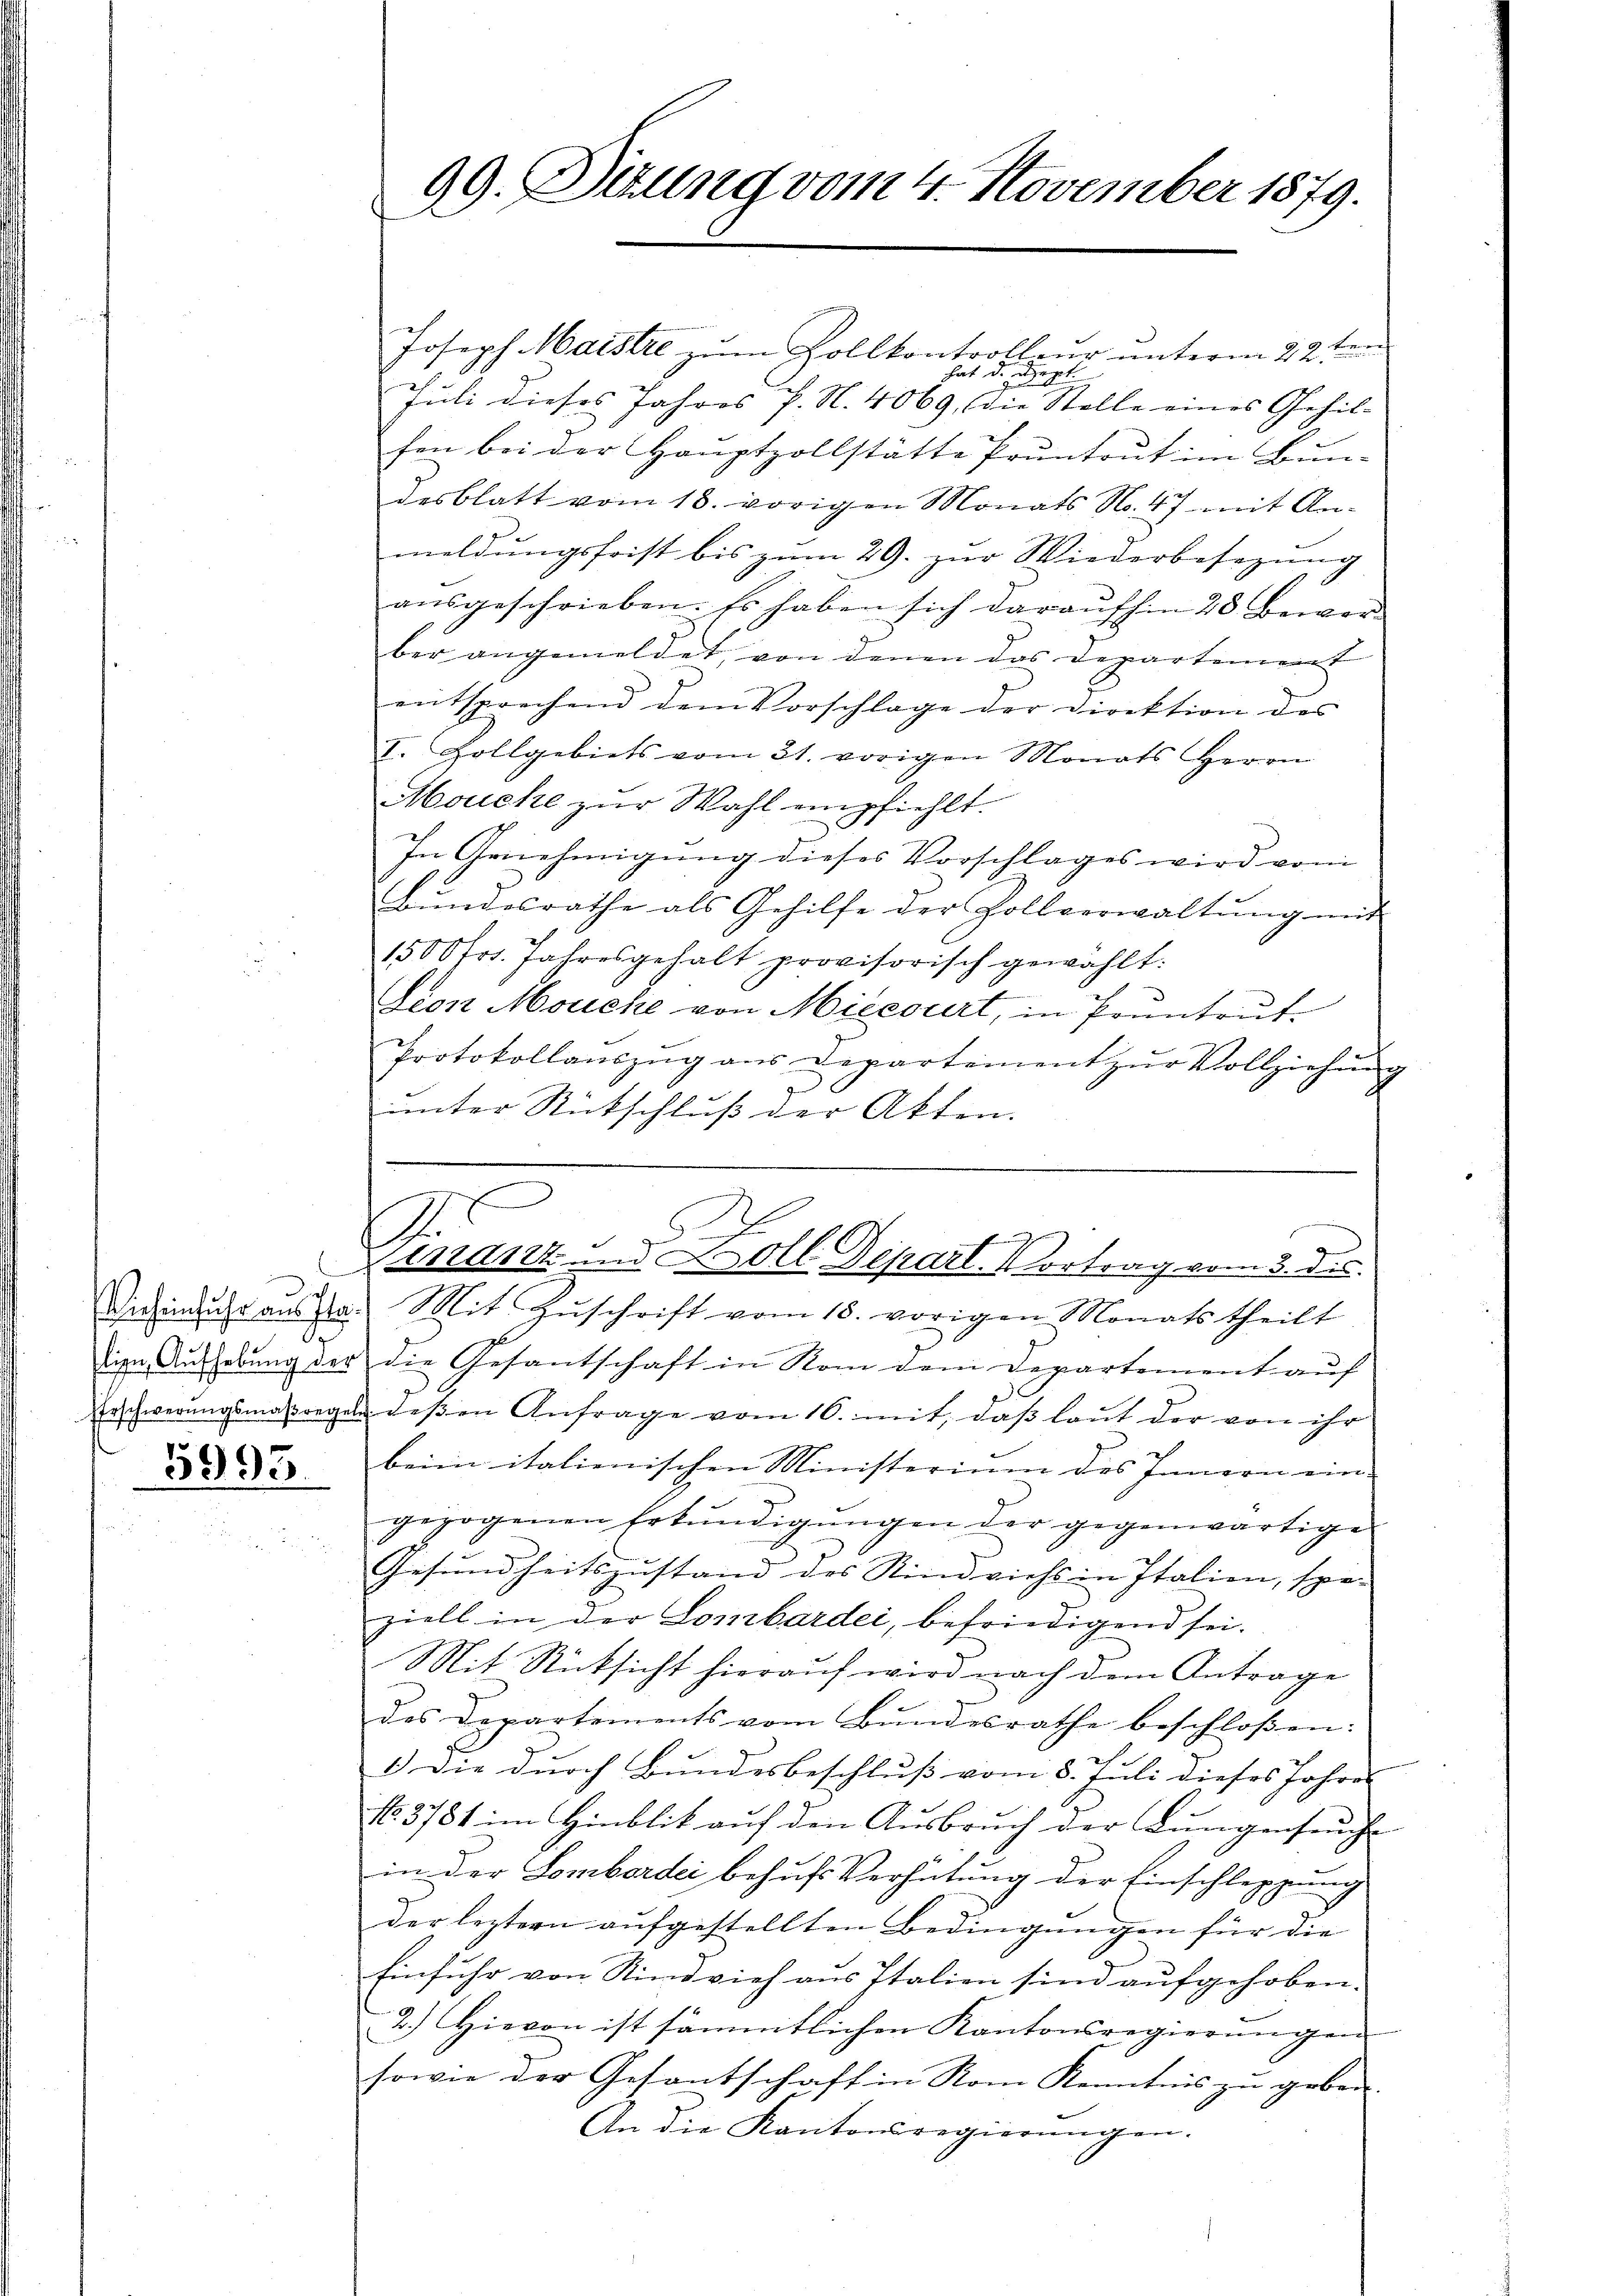
d

3993.

99. Sitzung vom 4. November 1879.

Joseph Maistre zum Zollkontrolleur unterm 22 ten
hat
u
zeiget.
Juli dieses Jahres P. N. 4069, die Stolle eines Gehil-
fen bei der Hauptzollstätte Pruntrut im Bun-
desblatt vom 18. vorigen Monats No. 47 mit Anmeldungsfrist bis zum 29. zur Wiederbesezung
ausgeschrieben. Es haben sich daraufhin 20 Bewerber angemeldet, von denen das Departement
entsprechend dem Vorschlage der Direktion des
I. Zollgebiets vom 21. vorigen Monats Herrn
Mouche zur Wahl empfiehlt.
In Genehmigung dieses Vorschlages wird vom
Bundesrathe als Gehilfe der Zollverwaltŭng mit
1500fr. Jahresgehalt provisorisch gewählt:
Dion Mouche von Miecourt, in Pruntrut.
Protokollaŭszŭg aŭs Departement zŭr Vollziehŭng
unter Rutschluß der Akten.

.
G
9
111012 und Zoll Depart. Vortrag vom 3. ds.

Viehinduhr aŭsste. Mit Zŭschrift vom 18. vorigen Monats theilt
tige Aufhebung der die Gesantschaft in von dem Departement auf
Erschwerungsmassregel deβen Anfrage vom 16. mit, daβ laŭt der von ihr
beim italienischen Ministerium des Innern ein-
gezogenen Erkundigungen der gegenwärtige
Gesundheitszustand des Rindviehs in Italien, spe-
ziell in der Lombardei, befriedigend sei.
Mit Rücksicht hierauf wird nach dem Antrage
des Departements vom Bundesrathe beschloßen:
1.) Die durch Bundesbeschluß vom 8. Juli dieses Jahre
No 3781 im Hinblik auf den Ausbruch der Lungenseuche
in der Lombardei behufs Verhütung der Einschleppung
der leztern aufgestellten Bedingungen für die
Einfuhr von Rindvieh aus Italien sind aufgehoben.
2.) Hievon ist sämmtlichen Kantonsregierŭngen
sowie der Gesantschaft in Vom Kenntnis zu geben. |
An die Kantonsregierŭngen.